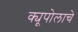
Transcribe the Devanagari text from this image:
क्यूपोलाचे